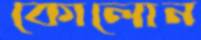
কোলোন